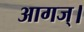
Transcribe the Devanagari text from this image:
आगज्।